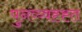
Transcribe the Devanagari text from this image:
पुनव्य्वह्ह्त